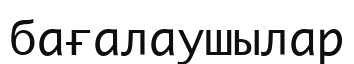
бағалаушылар